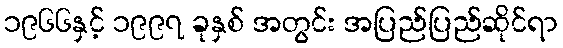
၁၉၆၆နှင့် ၁၉၉၇ ခုနှစ် အတွင်း အပြည်ပြည်ဆိုင်ရာ